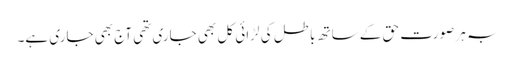
بہ ہر صورت حق کے ساتھ باطل کی لڑائی کل بھی جاری تھی آج بھی جاری ہے۔